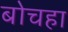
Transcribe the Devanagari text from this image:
बोचहा